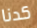
كدنا